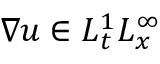
\nabla u \in L _ { t } ^ { 1 } L _ { x } ^ { \infty }